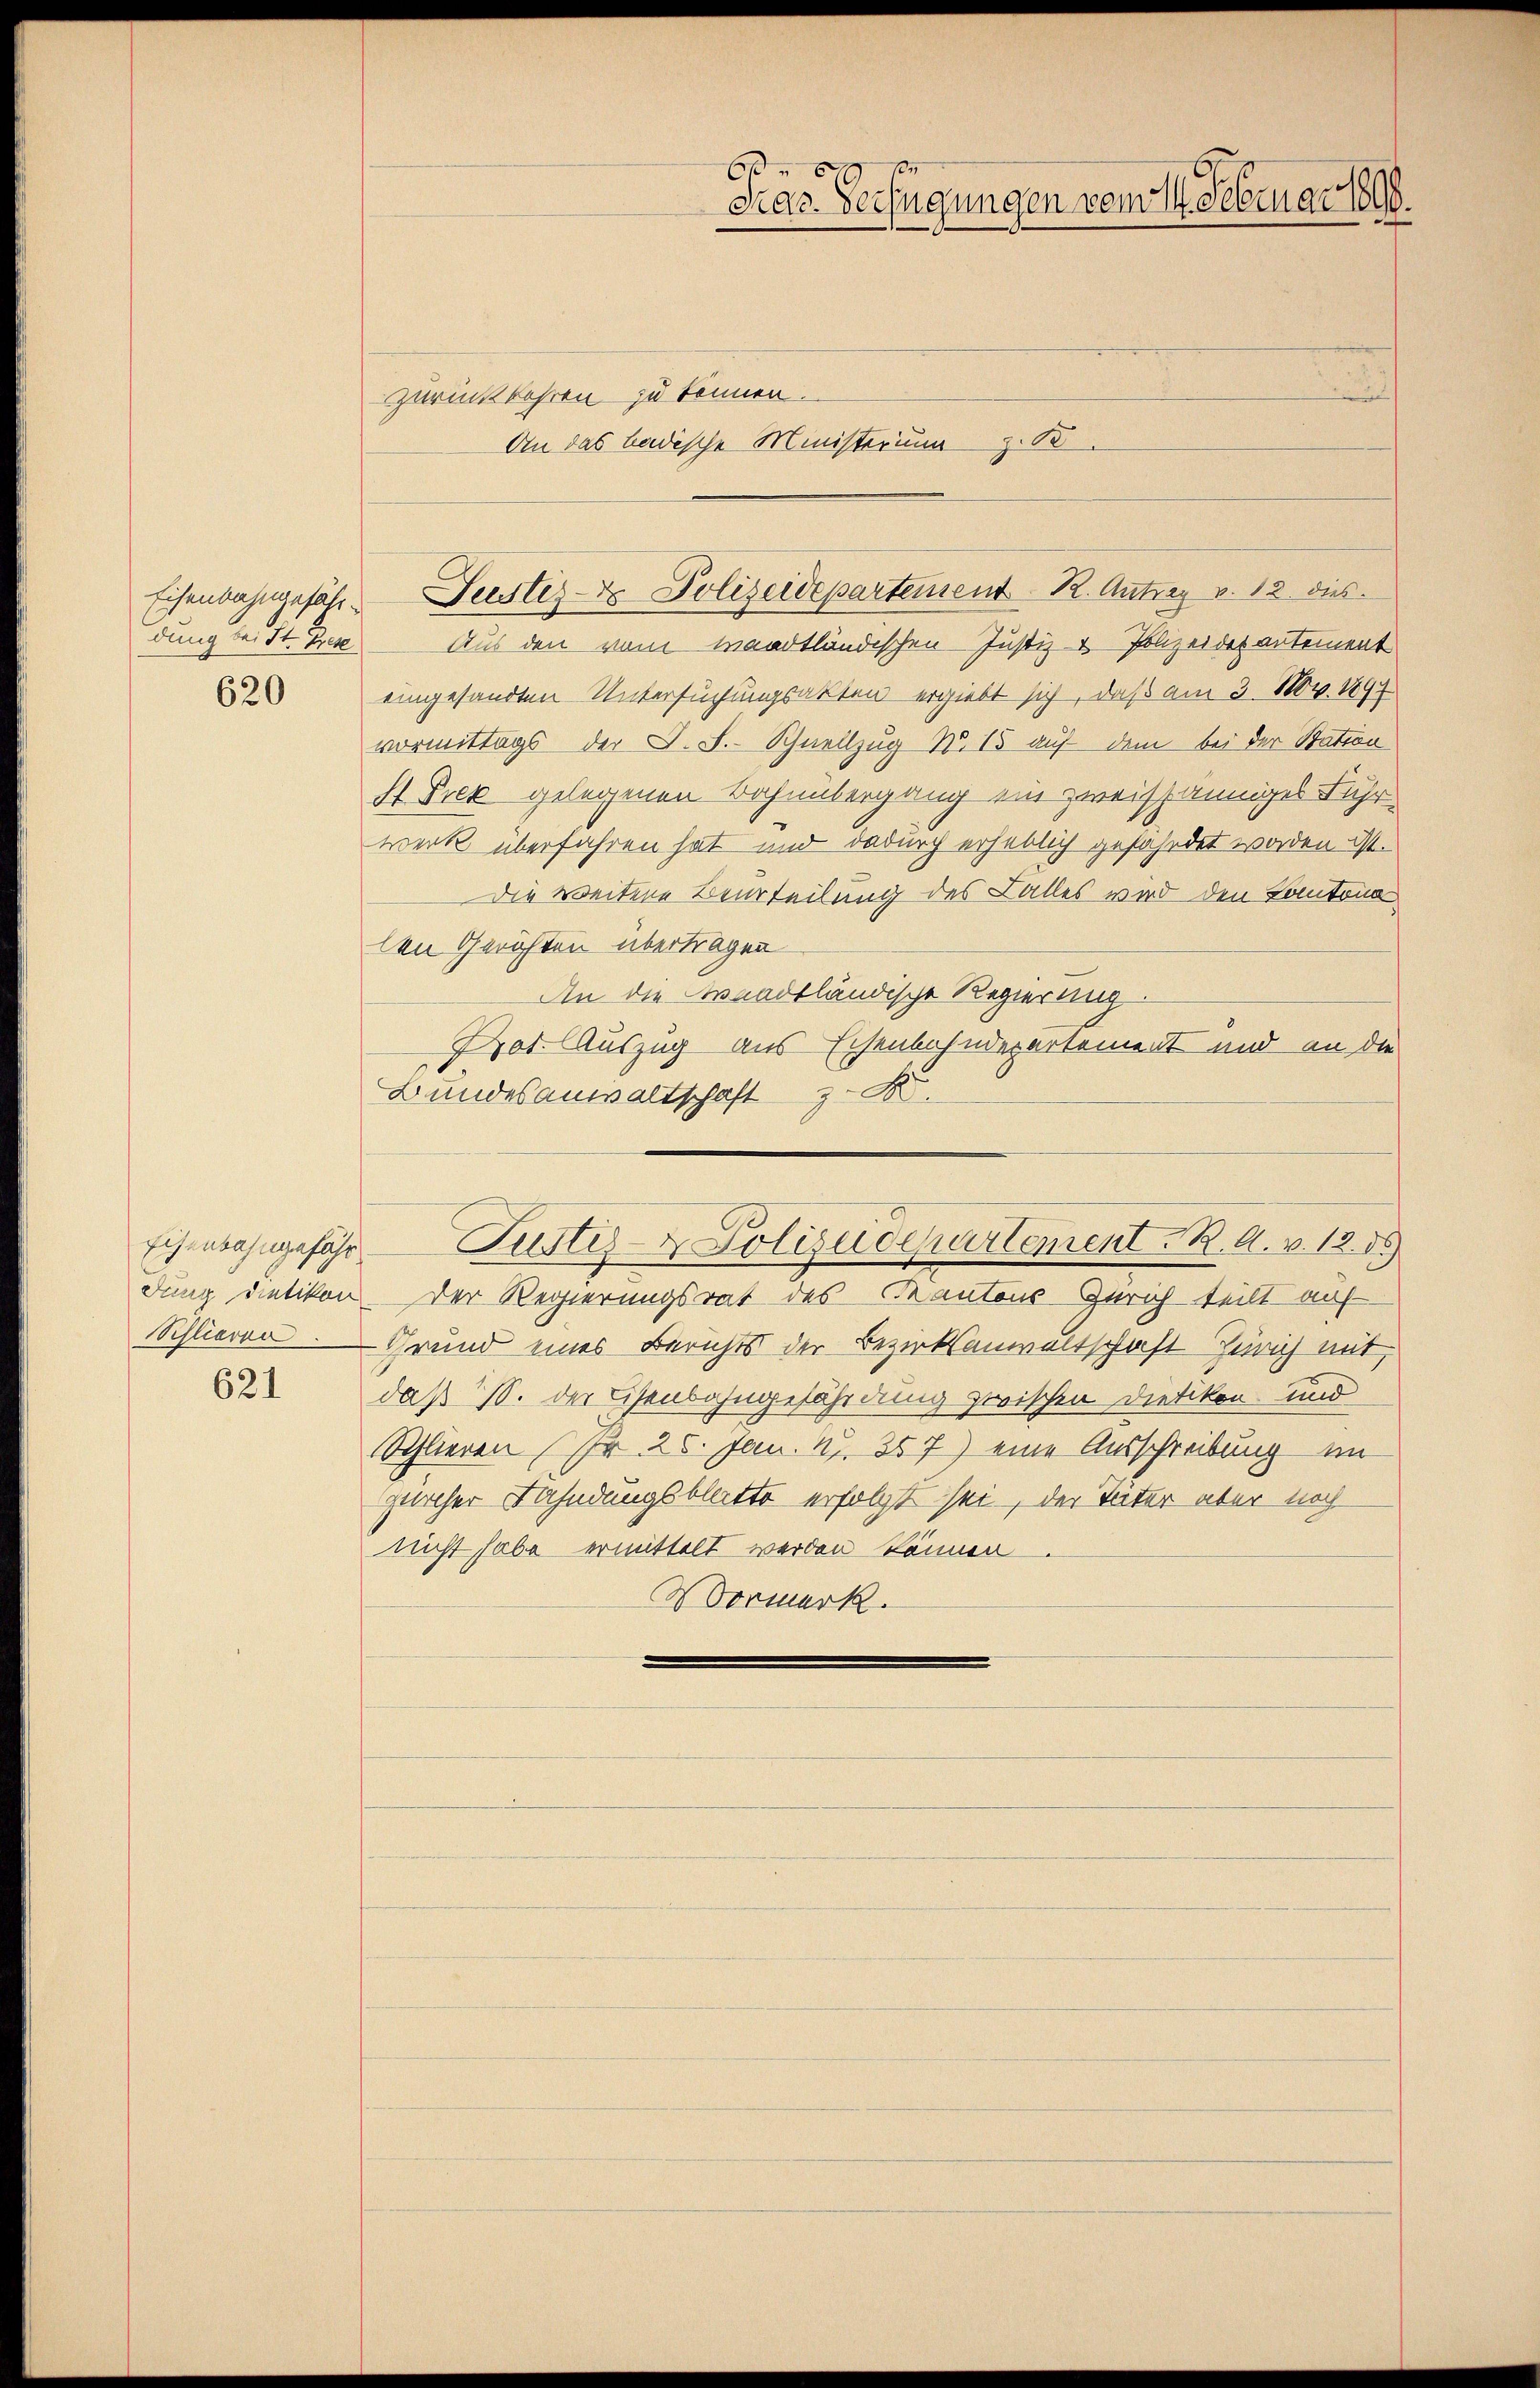
620

Schlieren

621

Zurückkehren zu können.
An das badische Ministerung z. B.

12
6
Gras Verfügungen vom 14. Februar 1890.

dung bei St. Grese Aus den vom waadtländischen Justiz & Polizeides antement
eingesandten Untersuchungsakten ergiebt sich, daß am 3. Nov. 1897
vormittags der D. S. Schnellzug No. 15 auf dem bei der Station
S Prek gelegenen Bahnübergang ein zweispänniges Fuhr
werk überfahren hat und dadurch erheblich gefährdet worden ist.
Die weitere Beurteilung des Lalles wird den Cantona
len Gerichten übertragen
An die waadtländische Regierung.
Prot. Auszug aus Eisenbahndepartement und an die
Bundesanwaltschaft z. B.
Eisenbahngefähr Justiz & Polizeidepartement. R. A. v. 12. ds
dung nietikon. Der Regierungsrat des Kantons Zürich teilt auf-
Grund eines Berichts der Bezirksanwaltschaft Zürich mit,
daß M. der Eisenbahngefährdung zwischen Dietikon und
Schlieren (Fr. 26. Jan. N. 357) eine Ausschreibung im
glicher Fahndungsblatte erfolgt sei, der Täter aber noch
nicht habe ermittelt werden könne.
Vormerk.

Eisenbahngefähr Leistes Polizeidepartement R. Antrag v. 12 dies